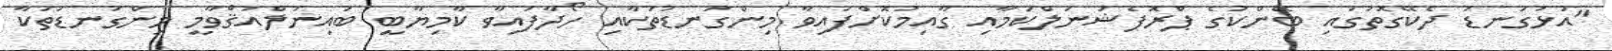
"އަޅުގަނޑު ދެކޭގޮތުގައި ބޭންކުގެ ޕްރޮފެޝަނަލްކަމާއި ގާއިމުކޮށްފައިވާ މިންގަނޑުތަކާއި ހޯދާފައިވާ ކާމިޔާބީ ބައިނަލްއަޤްވާމީ މިންގަނޑުތަކާ